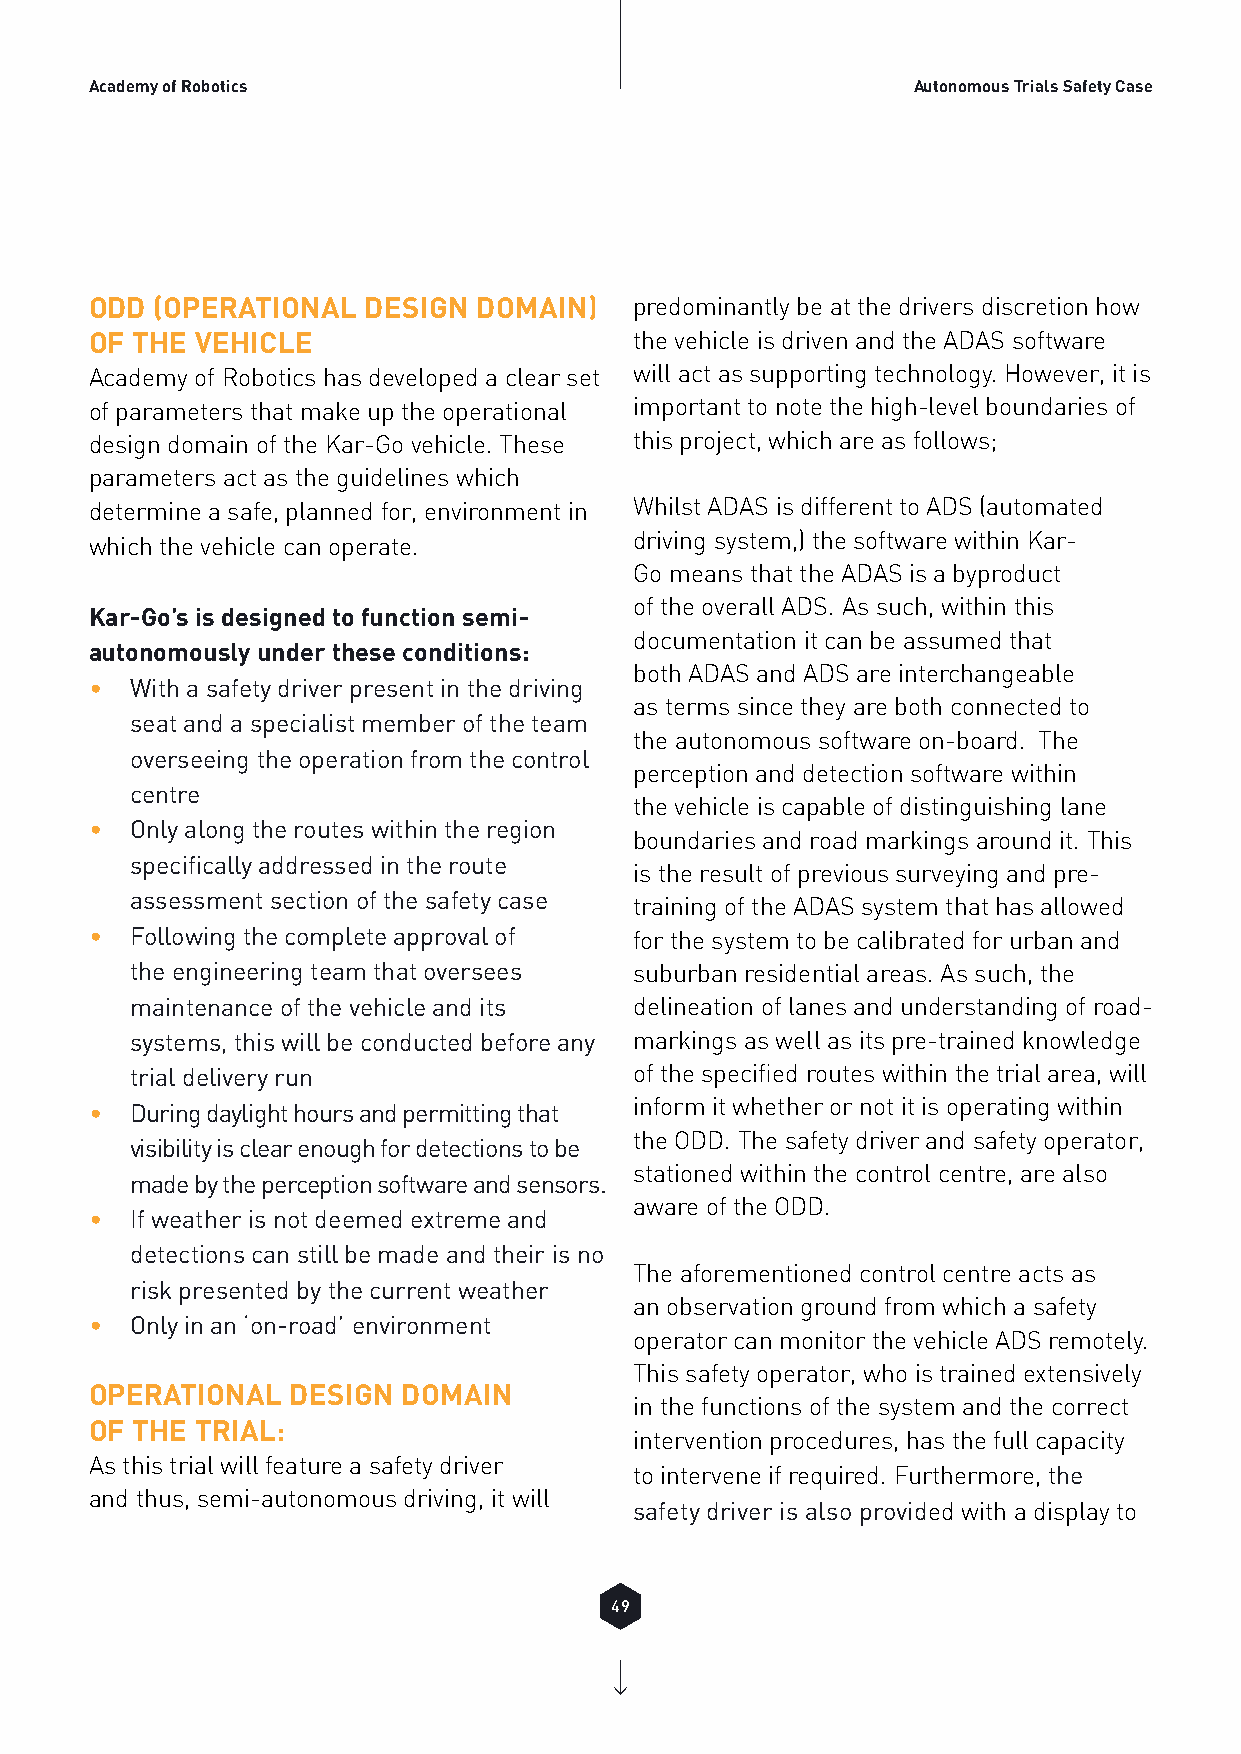
Academy of Robotics                                   Autonomous Trials Safety Case
 ODD (OPERATIONAL  DESIGN  DOMAIN)   predominantly be at the drivers discretion how
 OF THE VEHICLE                      the vehicle is driven and the ADAS software
 Academy of Robotics has developed a clear set will act as supporting technology. However, it is
 of parameters that make up the operational important to note the high-level boundaries of
 design domain of the Kar-Go vehicle. These this project, which are as follows;
 parameters act as the guidelines which
 determine a safe, planned for, environment in Whilst ADAS is different to ADS (automated
 driving system,) the software within Kar-
 which the vehicle can operate.
 Go means that the ADAS is a byproduct
 of the overall ADS. As such, within this
 Kar-Go’s is designed to function semi-
 documentation it can be assumed that
 autonomously under these conditions:
 both ADAS and ADS are interchangeable
 •  With a safety driver present in the driving
 as terms since they are both connected to
 seat and a specialist member of the team
 the autonomous software on-board. The
 overseeing the operation from the control
 perception and detection software within
 centre
 the vehicle is capable of distinguishing lane
 •  Only along the routes within the region
 boundaries and road markings around it. This
 specifically addressed in the route
 is the result of previous surveying and pre-
 assessment section of the safety case
 training of the ADAS system that has allowed
 •  Following the complete approval of for the system to be calibrated for urban and
 the engineering team that oversees suburban residential areas. As such, the
 maintenance of the vehicle and its delineation of lanes and understanding of road-
 systems, this will be conducted before any markings as well as its pre-trained knowledge
 trial delivery run               of the specified routes within the trial area, will
 •  During daylight hours and permitting that inform it whether or not it is operating within
 the ODD. The safety driver and safety operator,
 visibility is clear enough for detections to be
 stationed within the control centre, are also
 made by the perception software and sensors.
 aware of the ODD.
 •  If weather is not deemed extreme and
 detections can still be made and their is no
 The aforementioned control centre acts as
 risk presented by the current weather
 an observation ground from which a safety
 •  Only in an ‘on-road’ environment
 operator can monitor the vehicle ADS remotely.
 This safety operator, who is trained extensively
 OPERATIONAL  DESIGN  DOMAIN
 in the functions of the system and the correct
 OF THE TRIAL:
 intervention procedures, has the full capacity
 As this trial will feature a safety driver
 to intervene if required. Furthermore, the
 and thus, semi-autonomous driving, it will
 safety driver is also provided with a display to
 49